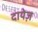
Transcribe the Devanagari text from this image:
दायेज़